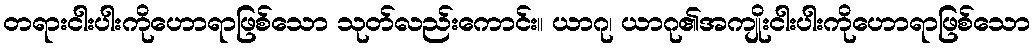
တရားငါးပါးကိုဟောရာဖြစ်သော သုတ်လည်းကောင်း။ ယာဂု၊ ယာဂု၏အကျိုးငါးပါးကိုဟောရာဖြစ်သော